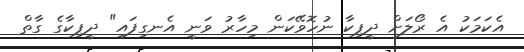
އެކަމަކު އެ ރޯލަށް ދީޕިކާ ނުހޮވޭކަން މިހާރު ވަނީ އެނގިފައި" ދީޕިކާގެ ގާތް